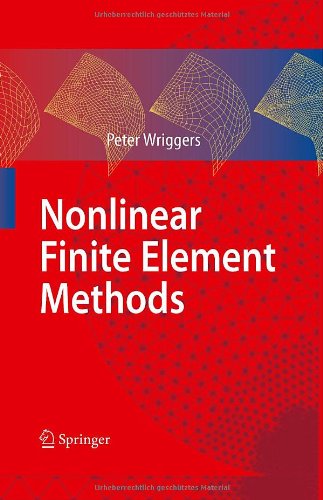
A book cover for Nonlinear Finite Element Methods; Peter Wriggers; Science & Math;